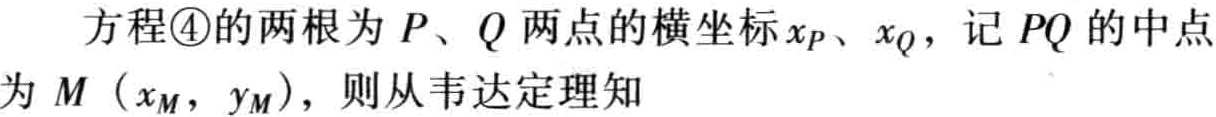
方程\textcircled{4}的两根为 \(P、Q\) 两点的横坐标 \(x_{P}、x_{Q}\)，记 \(PQ\) 的中点为 \(M\left(x_{M},y_{M}\right)\)，则从韦达定理知